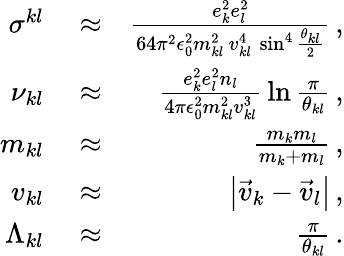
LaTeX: \begin{array}{rlr}{\sigma^{kl}}&{{}\approx}&{\frac{e_{k}^{2}e_{l}^{2}}{64\pi^{2}\epsilon_{0}^{2}m_{kl}^{2}\, v_{kl}^{4}\, \sin^{4}\frac{\theta_{kl}}{2}}\, ,}\\ {\nu_{kl}}&{{}\approx}&{\frac{e_{k}^{2}e_{l}^{2}n_{l}}{4\pi\epsilon_{0}^{2}m_{kl}^{2}v_{kl}^{3}}\, \ln\frac{\pi}{\theta_{kl}}\, ,}\\ {m_{kl}}&{{}\approx}&{\frac{m_{k}m_{l}}{m_{k}+m_{l}}\, ,}\\ {v_{kl}}&{{}\approx}&{\left|\vec{v}_{k}-\vec{v}_{l}\right|\, ,}\\ {\Lambda_{kl}}&{{}\approx}&{\frac{\pi}{\theta_{kl}}\, .}\end{array}